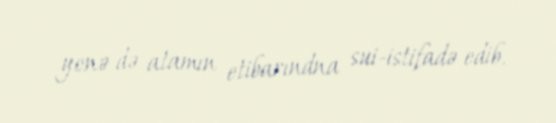
yenə də atamın etibarındna sui-istifadə edib.